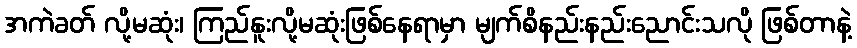
အကဲခတ် လို့မဆုံး၊ ကြည်နူးလို့မဆုံးဖြစ်နေရာမှာ မျက်စိနည်းနည်းညောင်းသလို ဖြစ်တာနဲ့